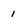
Character: 1